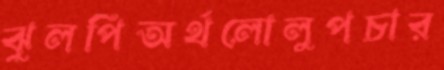
ঝুলপিঅর্থলোলুপচার